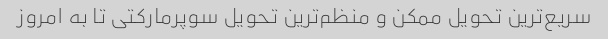
سریع‌ترین تحویل ممکن و منظم‌ترین تحویل سوپرمارکتی تا به امروز